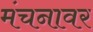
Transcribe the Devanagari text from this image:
मंचनावर